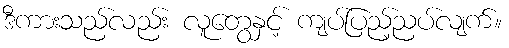
ဒီကားသည်လည်း လူတွေနှင့် ကျပ်ပြည့်ညပ်လျက်။